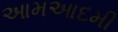
આમઆદમી